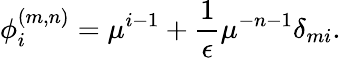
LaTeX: \phi_{i}^{(m,n)}=\mu^{i-1}+\frac{1}{\epsilon}\mu^{-n-1}\delta_{mi}.